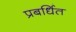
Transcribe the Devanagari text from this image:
प्रबर्धित